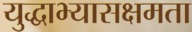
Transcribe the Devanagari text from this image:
युद्धाभ्यासक्षमता